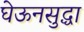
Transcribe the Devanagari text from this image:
घेऊनसुद्धा